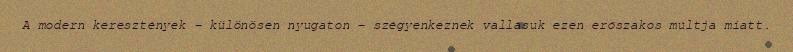
A modern keresztények – különösen nyugaton – szégyenkeznek vallásuk ezen erőszakos múltja miatt.